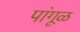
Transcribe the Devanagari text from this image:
पांगूळ